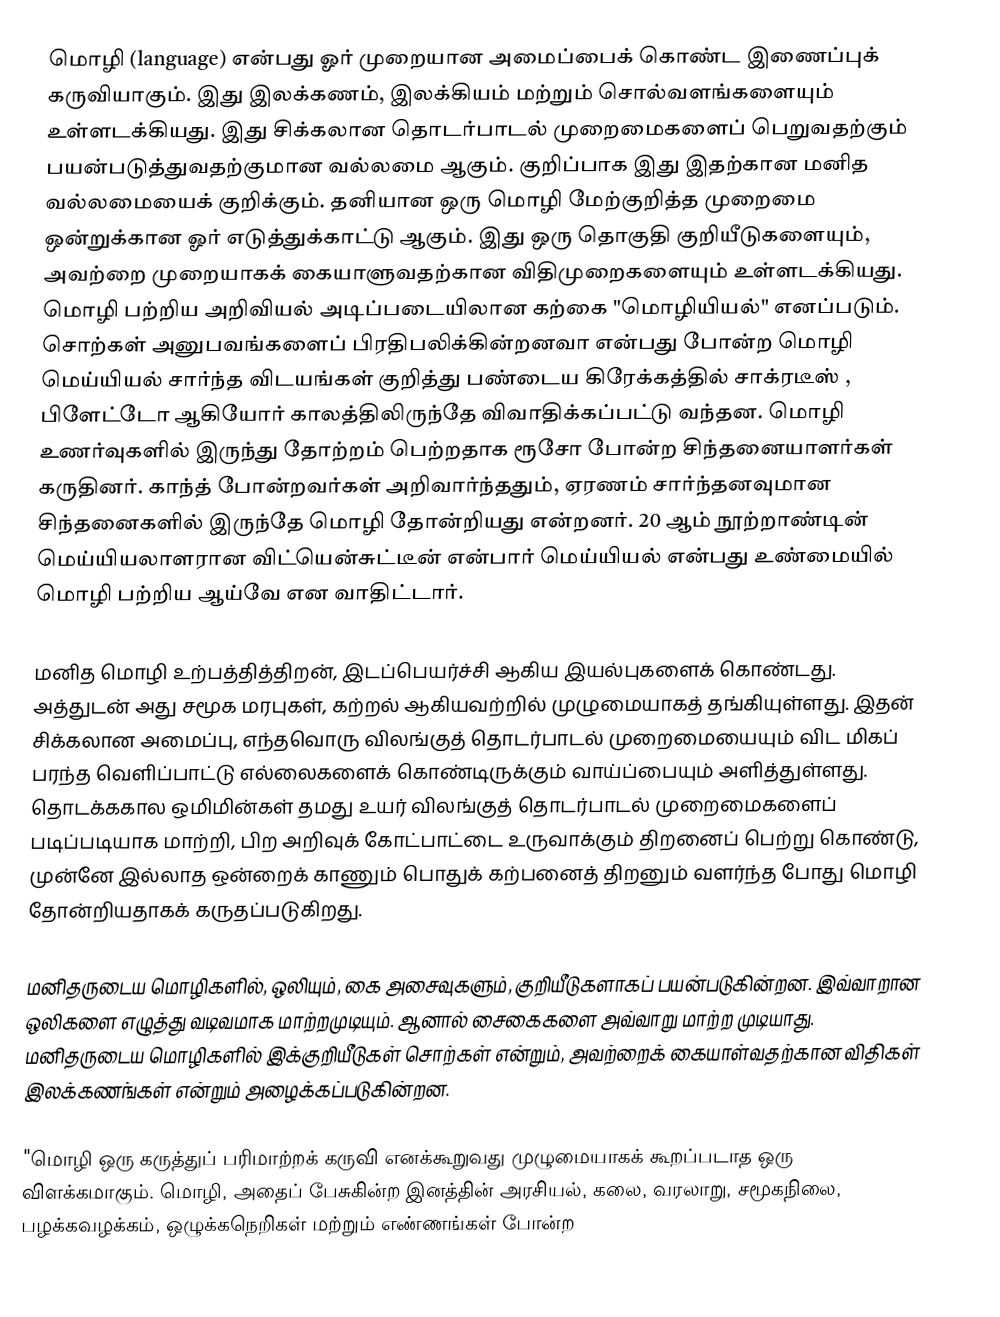
மொழி (language) என்பது ஓர் முறையான அமைப்பைக் கொண்ட இணைப்புக் கருவியாகும். இது இலக்கணம், இலக்கியம் மற்றும் சொல்வளங்களையும் உள்ளடக்கியது. இது சிக்கலான தொடர்பாடல் முறைமைகளைப் பெறுவதற்கும் பயன்படுத்துவதற்குமான வல்லமை ஆகும். குறிப்பாக இது இதற்கான மனித வல்லமையைக் குறிக்கும். தனியான ஒரு மொழி மேற்குறித்த முறைமை ஒன்றுக்கான ஓர் எடுத்துக்காட்டு ஆகும். இது ஒரு தொகுதி குறியீடுகளையும், அவற்றை முறையாகக் கையாளுவதற்கான விதிமுறைகளையும் உள்ளடக்கியது. மொழி பற்றிய அறிவியல் அடிப்படையிலான கற்கை "மொழியியல்" எனப்படும். சொற்கள் அனுபவங்களைப் பிரதிபலிக்கின்றனவா என்பது போன்ற மொழி மெய்யியல் சார்ந்த விடயங்கள் குறித்து பண்டைய கிரேக்கத்தில் சாக்ரடீஸ் , பிளேட்டோ ஆகியோர் காலத்திலிருந்தே விவாதிக்கப்பட்டு வந்தன. மொழி உணர்வுகளில் இருந்து தோற்றம் பெற்றதாக ரூசோ போன்ற சிந்தனையாளர்கள் கருதினர். காந்த் போன்றவர்கள் அறிவார்ந்ததும், ஏரணம் சார்ந்தனவுமான சிந்தனைகளில் இருந்தே மொழி தோன்றியது என்றனர். 20 ஆம் நூற்றாண்டின் மெய்யியலாளரான விட்யென்சுட்டீன் என்பார் மெய்யியல் என்பது உண்மையில் மொழி பற்றிய ஆய்வே என வாதிட்டார்.

மனித மொழி உற்பத்தித்திறன், இடப்பெயர்ச்சி ஆகிய இயல்புகளைக் கொண்டது. அத்துடன் அது சமூக மரபுகள், கற்றல் ஆகியவற்றில் முழுமையாகத் தங்கியுள்ளது. இதன் சிக்கலான அமைப்பு, எந்தவொரு விலங்குத் தொடர்பாடல் முறைமையையும் விட மிகப் பரந்த வெளிப்பாட்டு எல்லைகளைக் கொண்டிருக்கும் வாய்ப்பையும் அளித்துள்ளது. தொடக்ககால ஒமிமின்கள் தமது உயர் விலங்குத் தொடர்பாடல் முறைமைகளைப் படிப்படியாக மாற்றி, பிற அறிவுக் கோட்பாட்டை உருவாக்கும் திறனைப் பெற்று கொண்டு, முன்னே இல்லாத ஒன்றைக் காணும் பொதுக் கற்பனைத் திறனும் வளர்ந்த போது மொழி தோன்றியதாகக் கருதப்படுகிறது.

மனிதருடைய மொழிகளில், ஒலியும், கை அசைவுகளும், குறியீடுகளாகப் பயன்படுகின்றன. இவ்வாறான ஒலிகளை எழுத்து வடிவமாக மாற்றமுடியும். ஆனால் சைகைகளை அவ்வாறு மாற்ற முடியாது. மனிதருடைய மொழிகளில் இக்குறியீடுகள் சொற்கள் என்றும், அவற்றைக் கையாள்வதற்கான விதிகள் இலக்கணங்கள் என்றும் அழைக்கப்படுகின்றன.

"மொழி ஒரு கருத்துப் பரிமாற்றக் கருவி எனக்கூறுவது முழுமையாகக் கூறப்படாத ஒரு விளக்கமாகும். மொழி, அதைப் பேசுகின்ற இனத்தின் அரசியல், கலை, வரலாறு, சமூகநிலை, பழக்கவழக்கம், ஒழுக்கநெறிகள் மற்றும் எண்ணங்கள் போன்ற